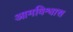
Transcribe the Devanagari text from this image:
आमविश्वास